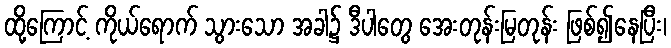
ထို့ကြောင့် ကိုယ်ရောက် သွားသော အခါ၌ ဒီပါတွေ အေးတုန်းမြတုန်း ဖြစ်၍နေပြီး၊